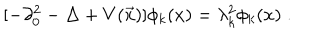
LaTeX: [ - \partial _ { 0 } ^ { 2 } - \Delta + V ( \vec { x } ) ] \phi _ { k } ( x ) = \lambda _ { k } ^ { 2 } \phi _ { k } ( x ) \; .